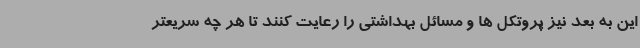
این به بعد نیز پروتکل ها و مسائل بهداشتی را رعایت کنند تا هر چه سریعتر